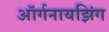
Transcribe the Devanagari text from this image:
ऑर्गनायझिंग